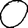
Digit: 0